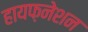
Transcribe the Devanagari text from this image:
हायफ़नेशन